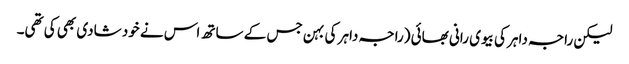
لیکن راجہ داہر کی بیوی رانی بھائی (راجہ داہر کی بہن جس کے ساتھ اس نے خود شادی بھی کی تھی۔